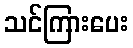
သင်ကြားပေး